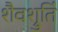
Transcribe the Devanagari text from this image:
शैवश्रुतिं